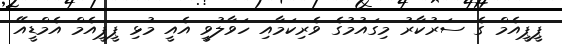
ޕީިޕީއެމް ގެ ސަރުކާރު މިގައުމުގެ ވެރިކަމާއި ހަވާލުވީ އެއީ މުޅި ޕީޕީއެމް އެމްޑީއޭ